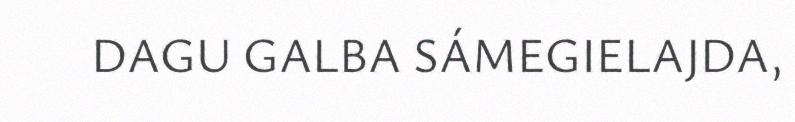
DAGU GALBA SÁMEGIELAJDA,